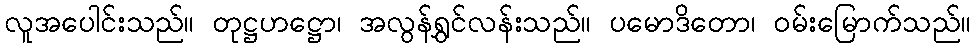
လူအပေါင်းသည်။ တုဋ္ဌဟဋ္ဌော၊ အလွန်ရွှင်လန်းသည်။ ပမောဒိတော၊ ဝမ်းမြောက်သည်။